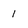
Character: 1